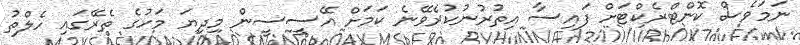
ނަމަވެސް ކޮންޓްރެކްޓަށް ފައިސާ އިތުރުނުކުރެވޭނެ ކަމަށް އޭސީސީން މިދިޔަ މަހުގެ ތެރޭގައި ހެލްތު